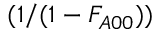
( 1 / ( 1 - F _ { A 0 0 } ) )